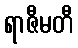
ရာဇီမတီ